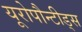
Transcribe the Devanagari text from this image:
यूरोपौन्टीड्स